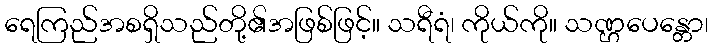
ရေကြည်အစရှိသည်တို့၏အဖြစ်ဖြင့်။ သရီရံ၊ ကိုယ်ကို။ သဏ္ဌပေန္တော၊